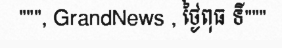
""", GrandNews , ថ្ងៃពុធ ទី"""